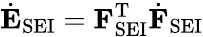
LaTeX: \dot{\mathbf{E}}_{\mathrm{SEI}}=\mathbf{F}_{\mathrm{SEI}}^{\mathrm{T}}\dot{\mathbf{F}}_{\mathrm{SEI}}